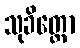
သုခိတ္တော